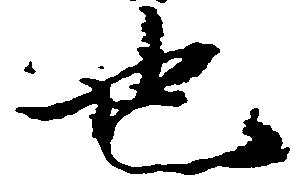
也